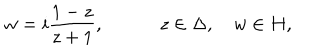
LaTeX: w = i { \frac { 1 - z } { z + 1 } } , \quad \qquad z \in \Delta , \quad w \in H ,